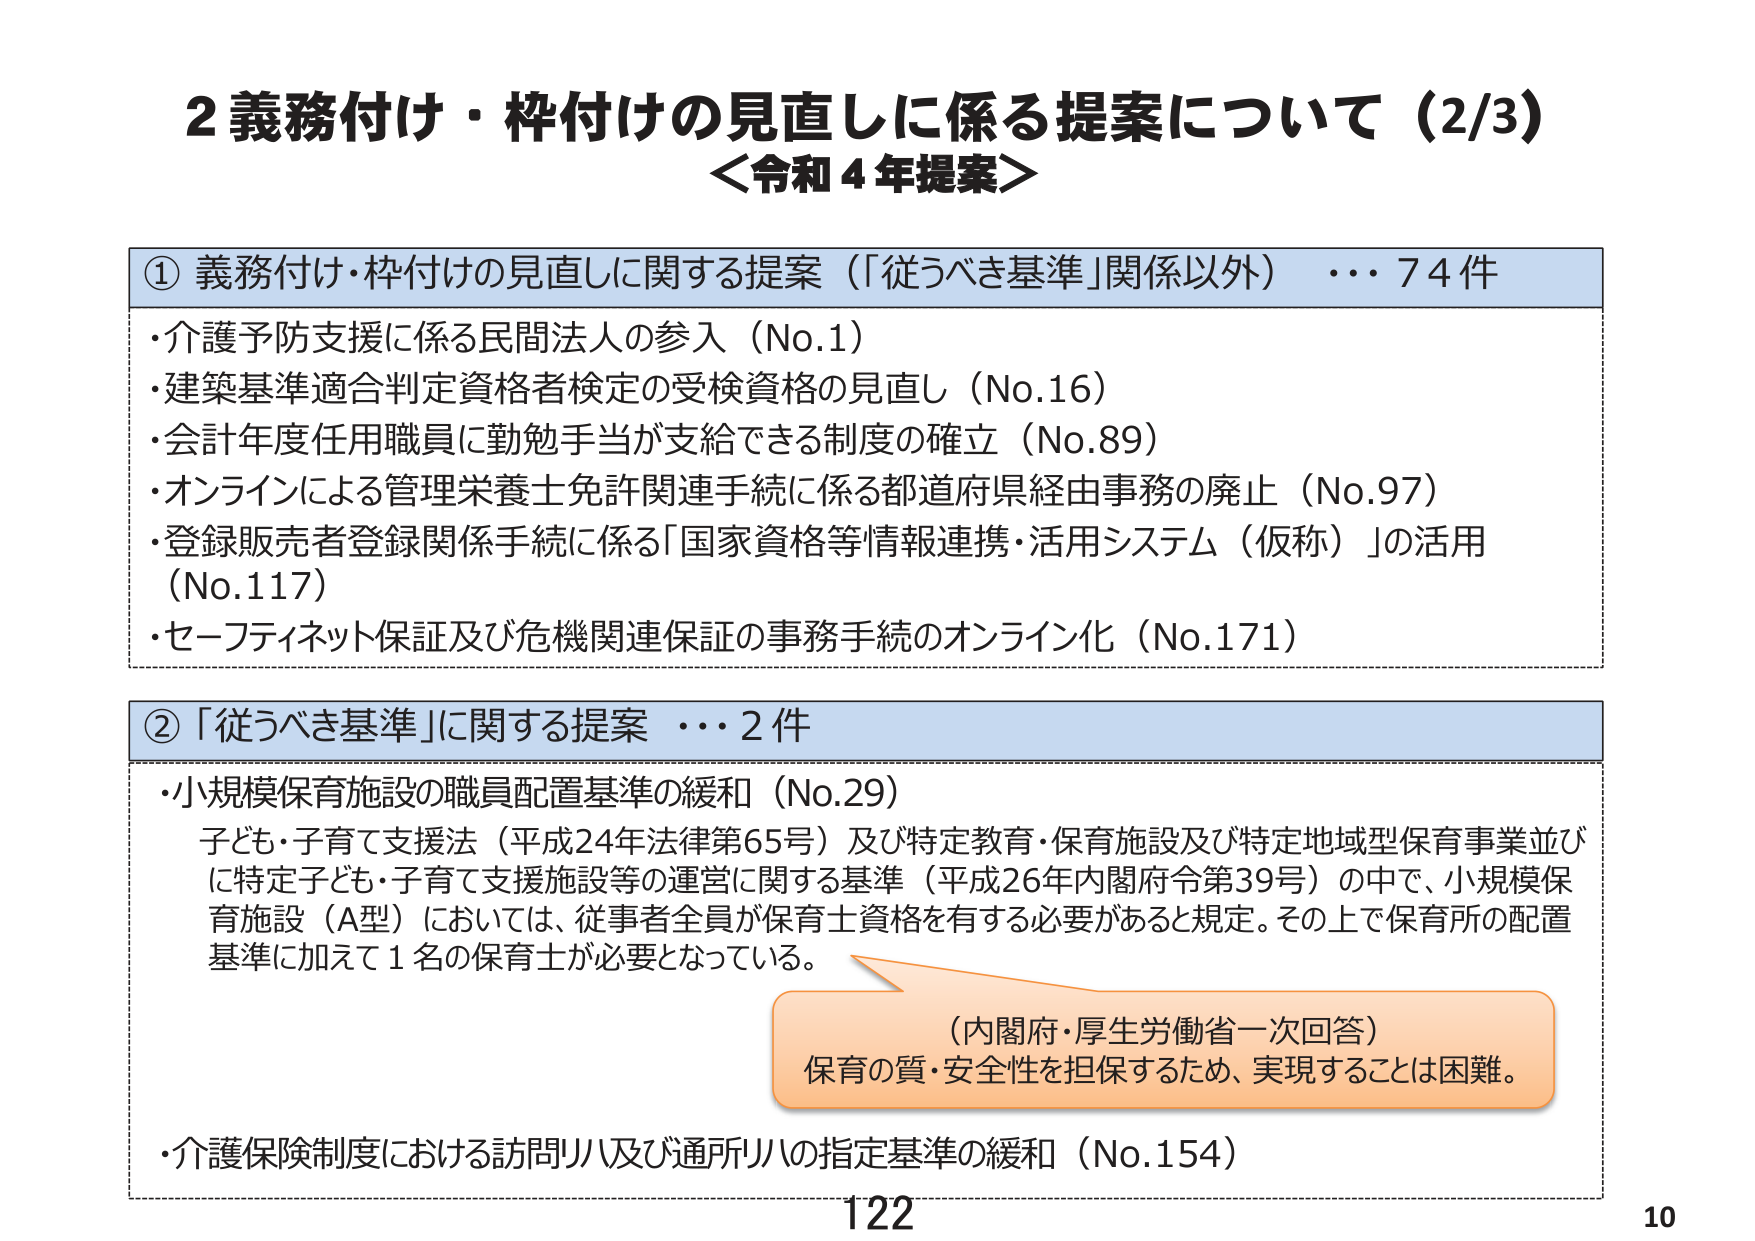
2 義務付け・枠付けの見直しに係る提案について（2/3）
＜令和４年提案＞

① 義務付け・枠付けの見直しに関する提案（「従うべき基準」関係以外）・・・74件
・介護予防支援に係る民間法人の参入（No.1）
・建築基準適合判定資格者検定の受検資格の見直し（No.16）
・会計年度任用職員に勤勉手当が支給できる制度の確立（No.89）
・オンラインによる管理栄養士免許関連手続に係る都道府県経由事務の廃止（No.97）
・登録販売者登録関係手続に係る「国家資格等情報連携・活用システム（仮称）」の活用（No.117）
・セーフティネット保証及び危機関連保証の事務手続のオンライン化（No.171）

② 「従うべき基準」に関する提案 ・・・2件
・小規模保育施設の職員配置基準の緩和（No.29）
子ども・子育て支援法（平成24年法律第65号）及び特定教育・保育施設及び特定地域型保育事業並びに特定子ども・子育て支援施設等の運営に関する基準（平成26年内閣府令第39号）の中で、小規模保育施設（A型）においては、従事者全員が保育士資格を有する必要があると規定。その上で保育所の配置基準に加えて1名の保育士が必要となっている。
（内閣府・厚生労働省一次回答）
保育の質・安全性を担保するため、実現することは困難。
・介護保険制度における訪問リハ及び通所リハの指定基準の緩和（No.154）

122
10